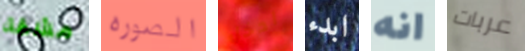
مشقة الصوره ادخل ابدء انه عربات